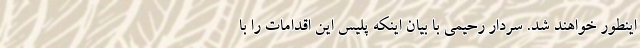
اینطور خواهند شد. سردار رحیمی با بیان اینکه پلیس این اقدامات را با